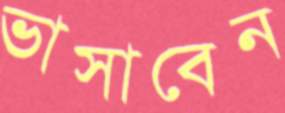
ভাসাবেন